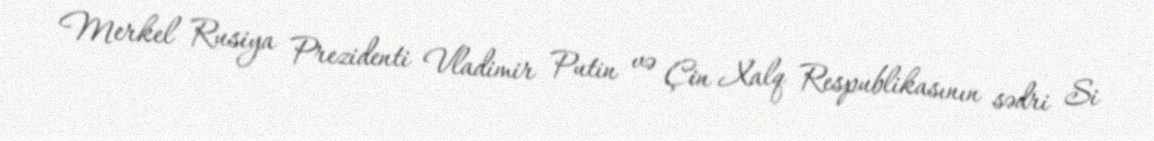
Merkel Rusiya Prezidenti Vladimir Putin və Çin Xalq Respublikasının sədri Si